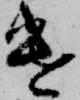
遣